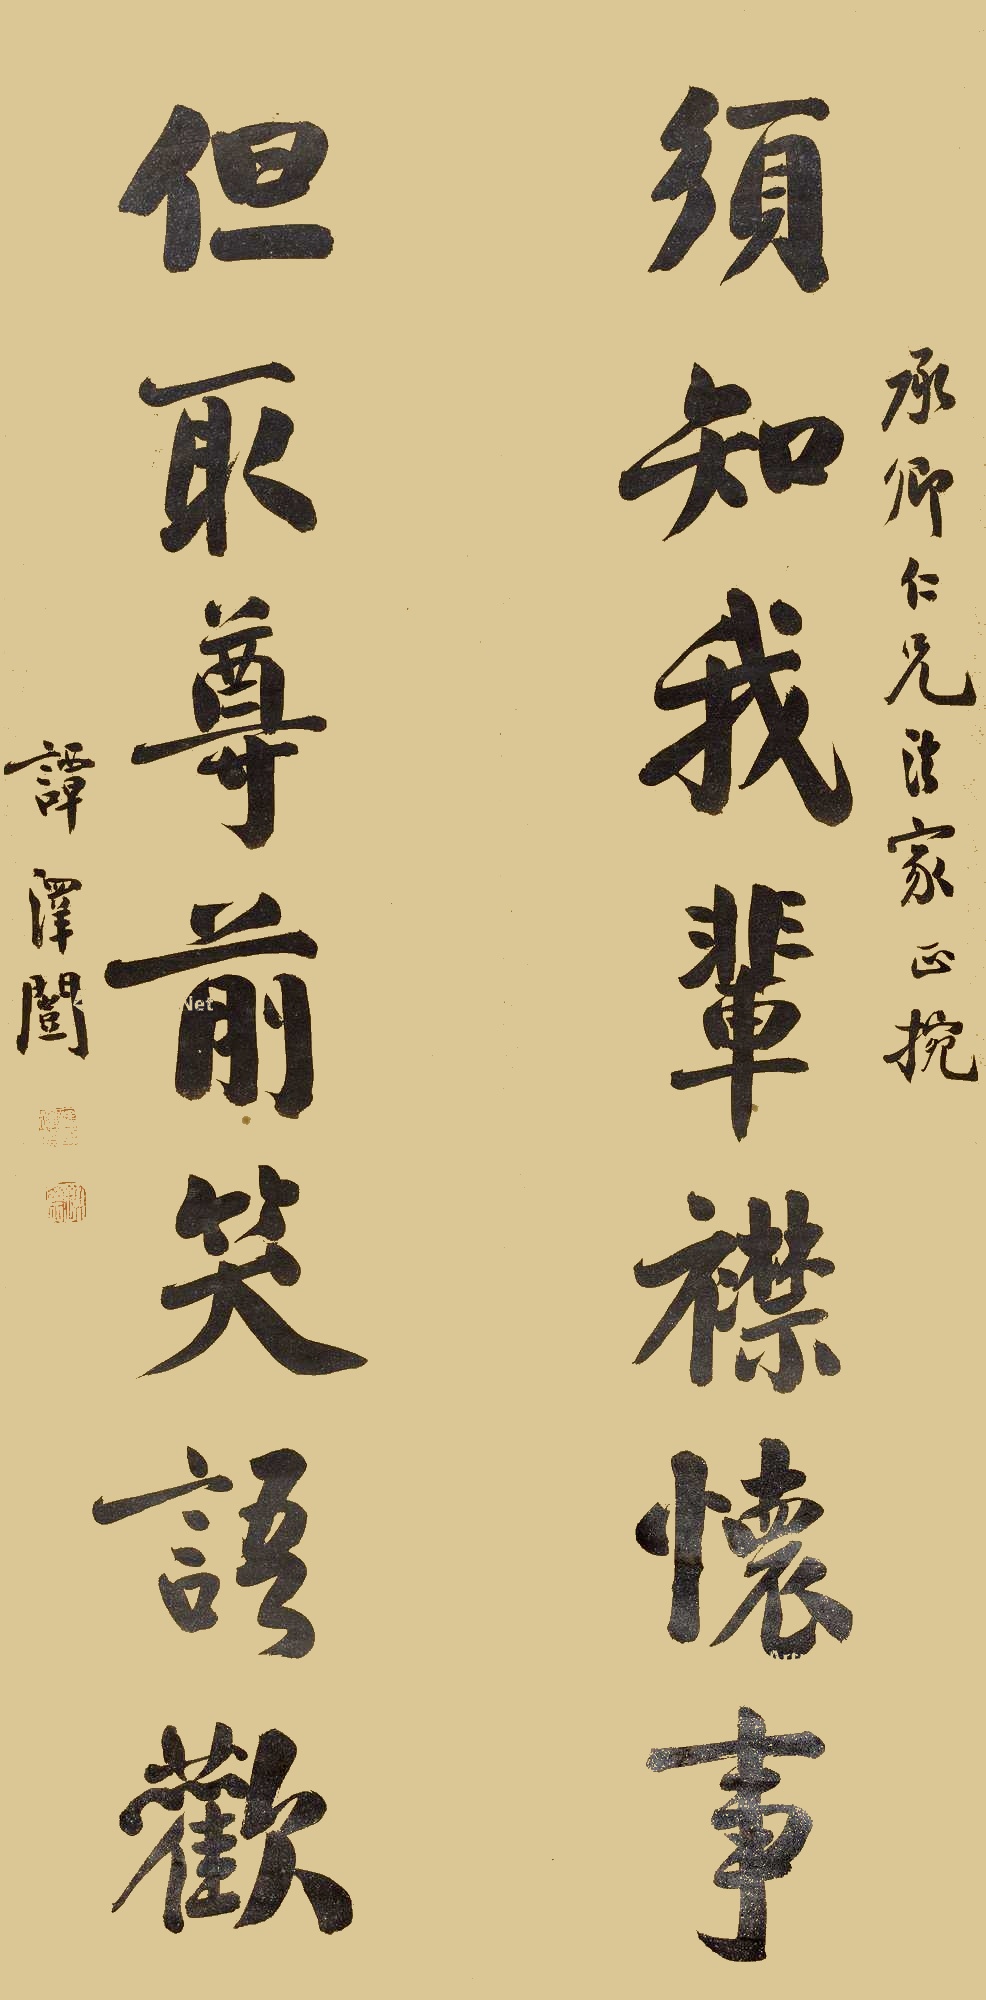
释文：须知我辈襟怀事，但取尊前笑语欢。承卿仁兄法家正腕，谭泽闿。